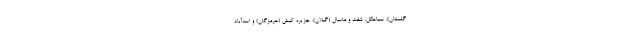
گلستان)، سیاهکل، شفت و ماسال (گیلان)، جزیره کیش (هرمزگان) و اسدآباد